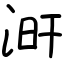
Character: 涆